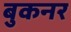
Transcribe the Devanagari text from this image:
बुकनर